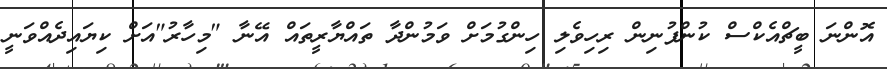
އޮންނަ ބީޗްއެކްސް ކުންފުނިން ރިހިވެލި ހިންގުމަށް ވަމުންދާ ތައްޔާރީތައް އޭނާ "މިހާރު"އަށް ކިޔައިދެއްވަނީ